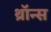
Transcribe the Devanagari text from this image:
थ्राॅन्स